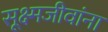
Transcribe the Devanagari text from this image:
सूक्ष्मजीवांना